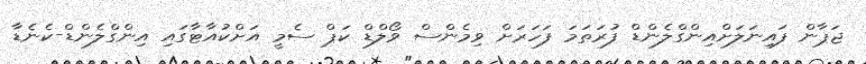
ޖަޕާން ފައިނަލަށްއިންގްލެންޑް ފުރަތަމަ ފަހަރަށް ވިމެންސް ވޯލްޑް ކަޕް ސެމީ އަށްކުއާޓާގައި އިންގްލެންޑް-ކެނެޑާ